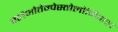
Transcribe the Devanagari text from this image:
पलेओतेम्पेस्तोलोगिकल